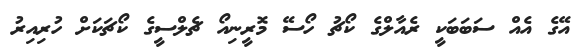
އޭގެ އެއް ސަބަބަކީ ރެއާލްގެ ކޯޗު ހޯސޭ މޮރީނިއޯ ޗެލްސީގެ ކޯޗަކަށް ހުރިއިރު